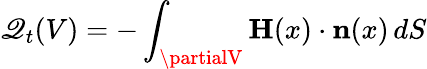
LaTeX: \mathscr{Q}_{t}(V)=-\int_{\partialV}\mathbf{{H}}(x)\cdot\mathbf{{n}}(x)\, dS